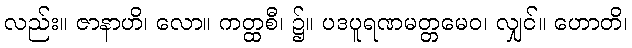
လည်း။ ဇာနာဟိ၊ လော။ ကတ္ထစီ၊ ၌။ ပဒပူရဏမတ္တမေဝ၊ လျှင်။ ဟောတိ၊